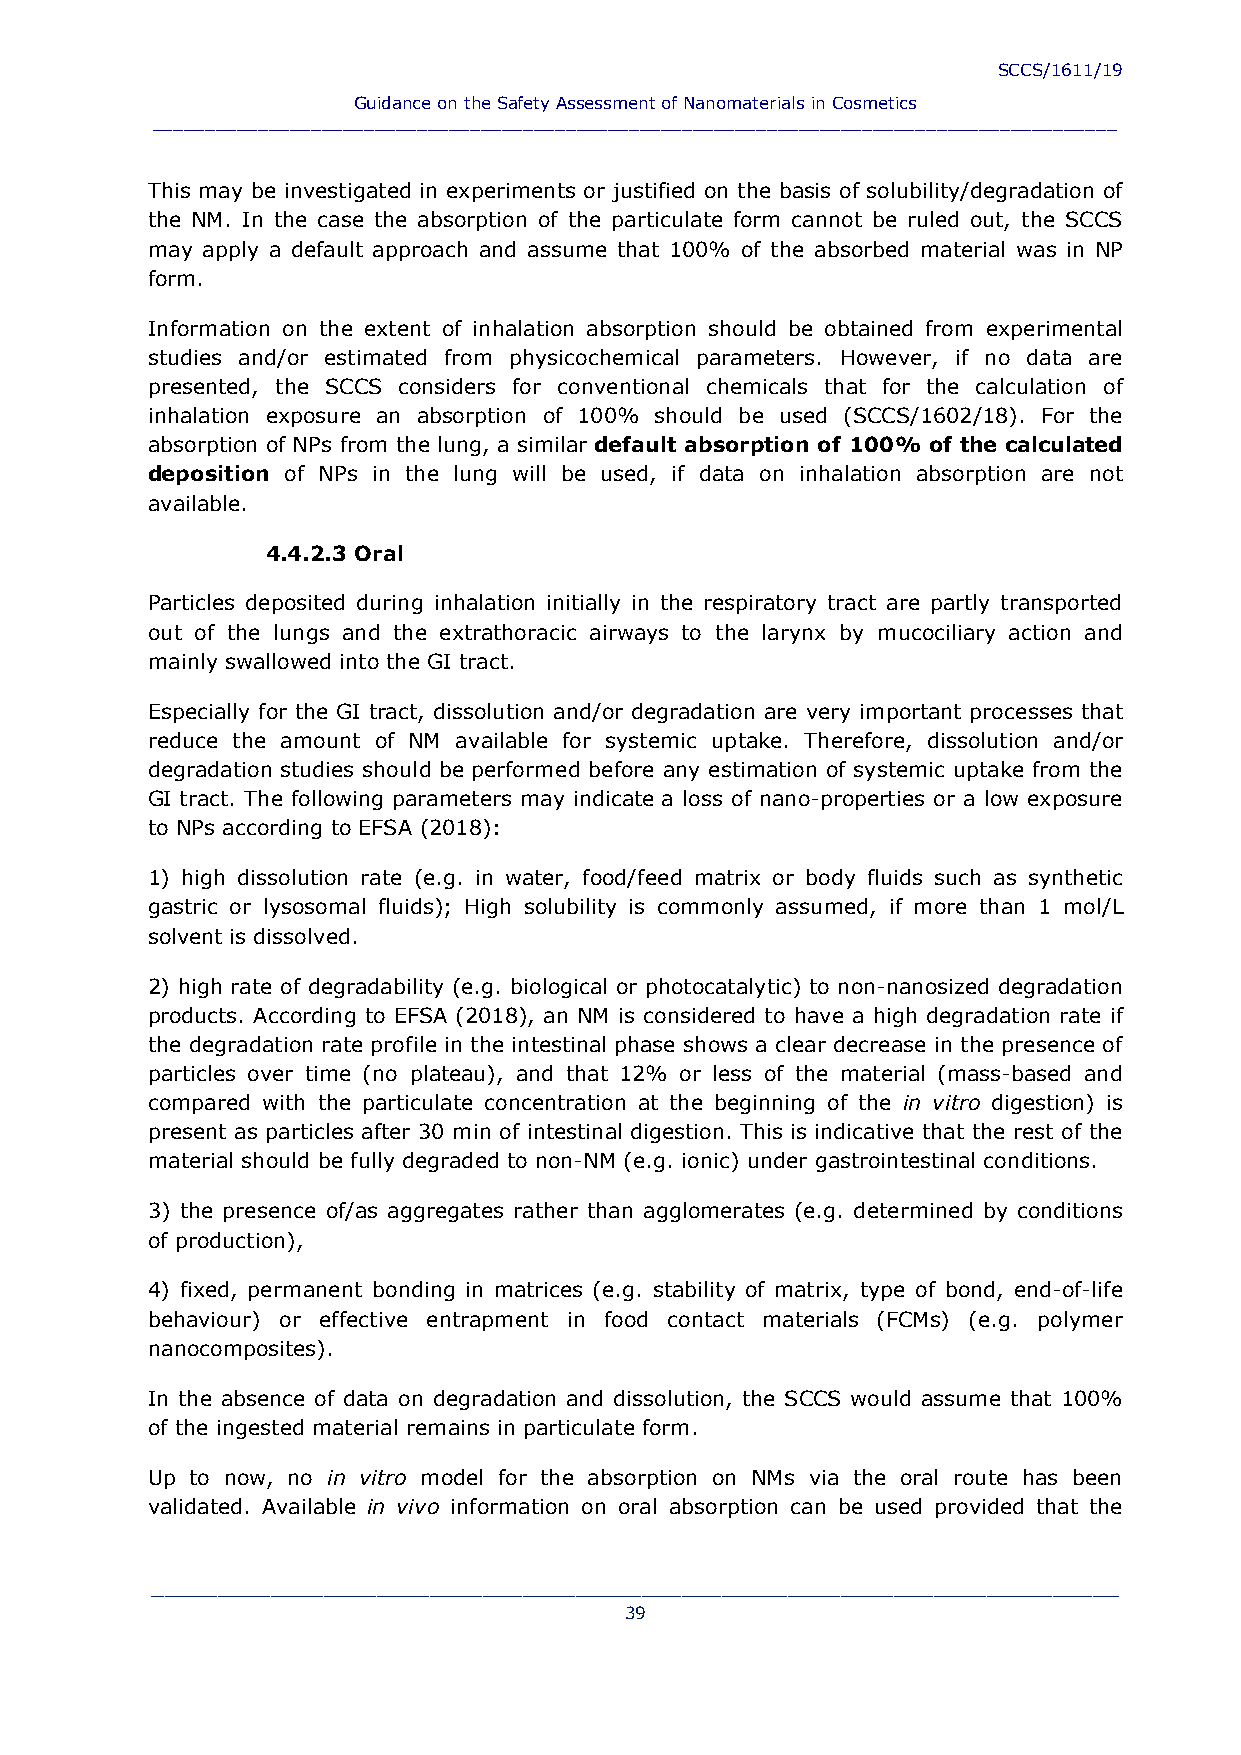
SCCS/1611/19
 Guidance on the Safety Assessment of Nanomaterials in Cosmetics
 ___________________________________________________________________________________________
 This may be investigated in experiments or justified on the basis of solubility/degradation of
 the NM. In the case the absorption of the particulate form cannot be ruled out, the SCCS
 may apply a default approach and assume that 100% of the absorbed material was in NP
 form.
 Information on the extent of inhalation absorption should be obtained from experimental
 studies and/or estimated from physicochemical parameters. However, if no data are
 presented, the SCCS considers for conventional chemicals that for the calculation of
 inhalation exposure an absorption of 100% should be used (SCCS/1602/18). For the
 absorption of NPs from the lung, a similar default absorption of 100% of the calculated
 deposition of NPs in the lung will be used, if data on inhalation absorption are not
 available.
 4.4.2.3 Oral
 Particles deposited during inhalation initially in the respiratory tract are partly transported
 out of the lungs and the extrathoracic airways to the larynx by mucociliary action and
 mainly swallowed into the GI tract.
 Especially for the GI tract, dissolution and/or degradation are very important processes that
 reduce the amount of NM available for systemic uptake. Therefore, dissolution and/or
 degradation studies should be performed before any estimation of systemic uptake from the
 GI tract. The following parameters may indicate a loss of nano-properties or a low exposure
 to NPs according to EFSA (2018):
 1) high dissolution rate (e.g. in water, food/feed matrix or body fluids such as synthetic
 gastric or lysosomal fluids); High solubility is commonly assumed, if more than 1 mol/L
 solvent is dissolved.
 2) high rate of degradability (e.g. biological or photocatalytic) to non-nanosized degradation
 products. According to EFSA (2018), an NM is considered to have a high degradation rate if
 the degradation rate profile in the intestinal phase shows a clear decrease in the presence of
 particles over time (no plateau), and that 12% or less of the material (mass-based and
 compared with the particulate concentration at the beginning of the in vitro digestion) is
 present as particles after 30 min of intestinal digestion. This is indicative that the rest of the
 material should be fully degraded to non-NM (e.g. ionic) under gastrointestinal conditions.
 3) the presence of/as aggregates rather than agglomerates (e.g. determined by conditions
 of production),
 4) fixed, permanent bonding in matrices (e.g. stability of matrix, type of bond, end-of-life
 behaviour) or effective entrapment in food contact materials (FCMs) (e.g. polymer
 nanocomposites).
 In the absence of data on degradation and dissolution, the SCCS would assume that 100%
 of the ingested material remains in particulate form.
 Up to now, no in vitro model for the absorption on NMs via the oral route has been
 validated. Available in vivo information on oral absorption can be used provided that the
 _________________________________________________________________________
 39